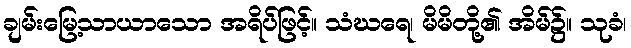
ချမ်းမြေ့သာယာသော အရိပ်ဖြင့်။ သံဃရေ၊ မိမိတို့၏ အိမ်၌။ သုခံ၊